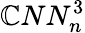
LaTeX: \mathbb{C}NN_{n}^{3}